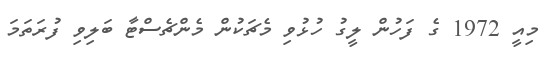
މިއީ 1972 ގެ ފަހުން ލީގު ހުޅުވި މެޗަކުން މެންޗެސްޓާ ބަލިވި ފުރަތަމަ